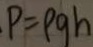
P = \rho g h